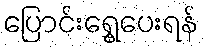
ပြောင်းရွှေ့ပေးရန်